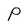
Character: P